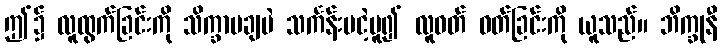
ဤ၌ လူထွက်ခြင်းကို သိက္ခာမချပဲ သင်္ကန်းမငဲ့မူ၍ လူဝတ် ဝတ်ခြင်းကို ယူသည်။ ဘိက္ခုနီ